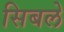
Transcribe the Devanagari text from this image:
सिबले